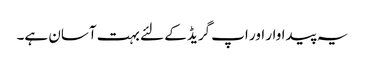
یہ پیداوار اور اپ گریڈ کے لئے بہت آسان ہے۔